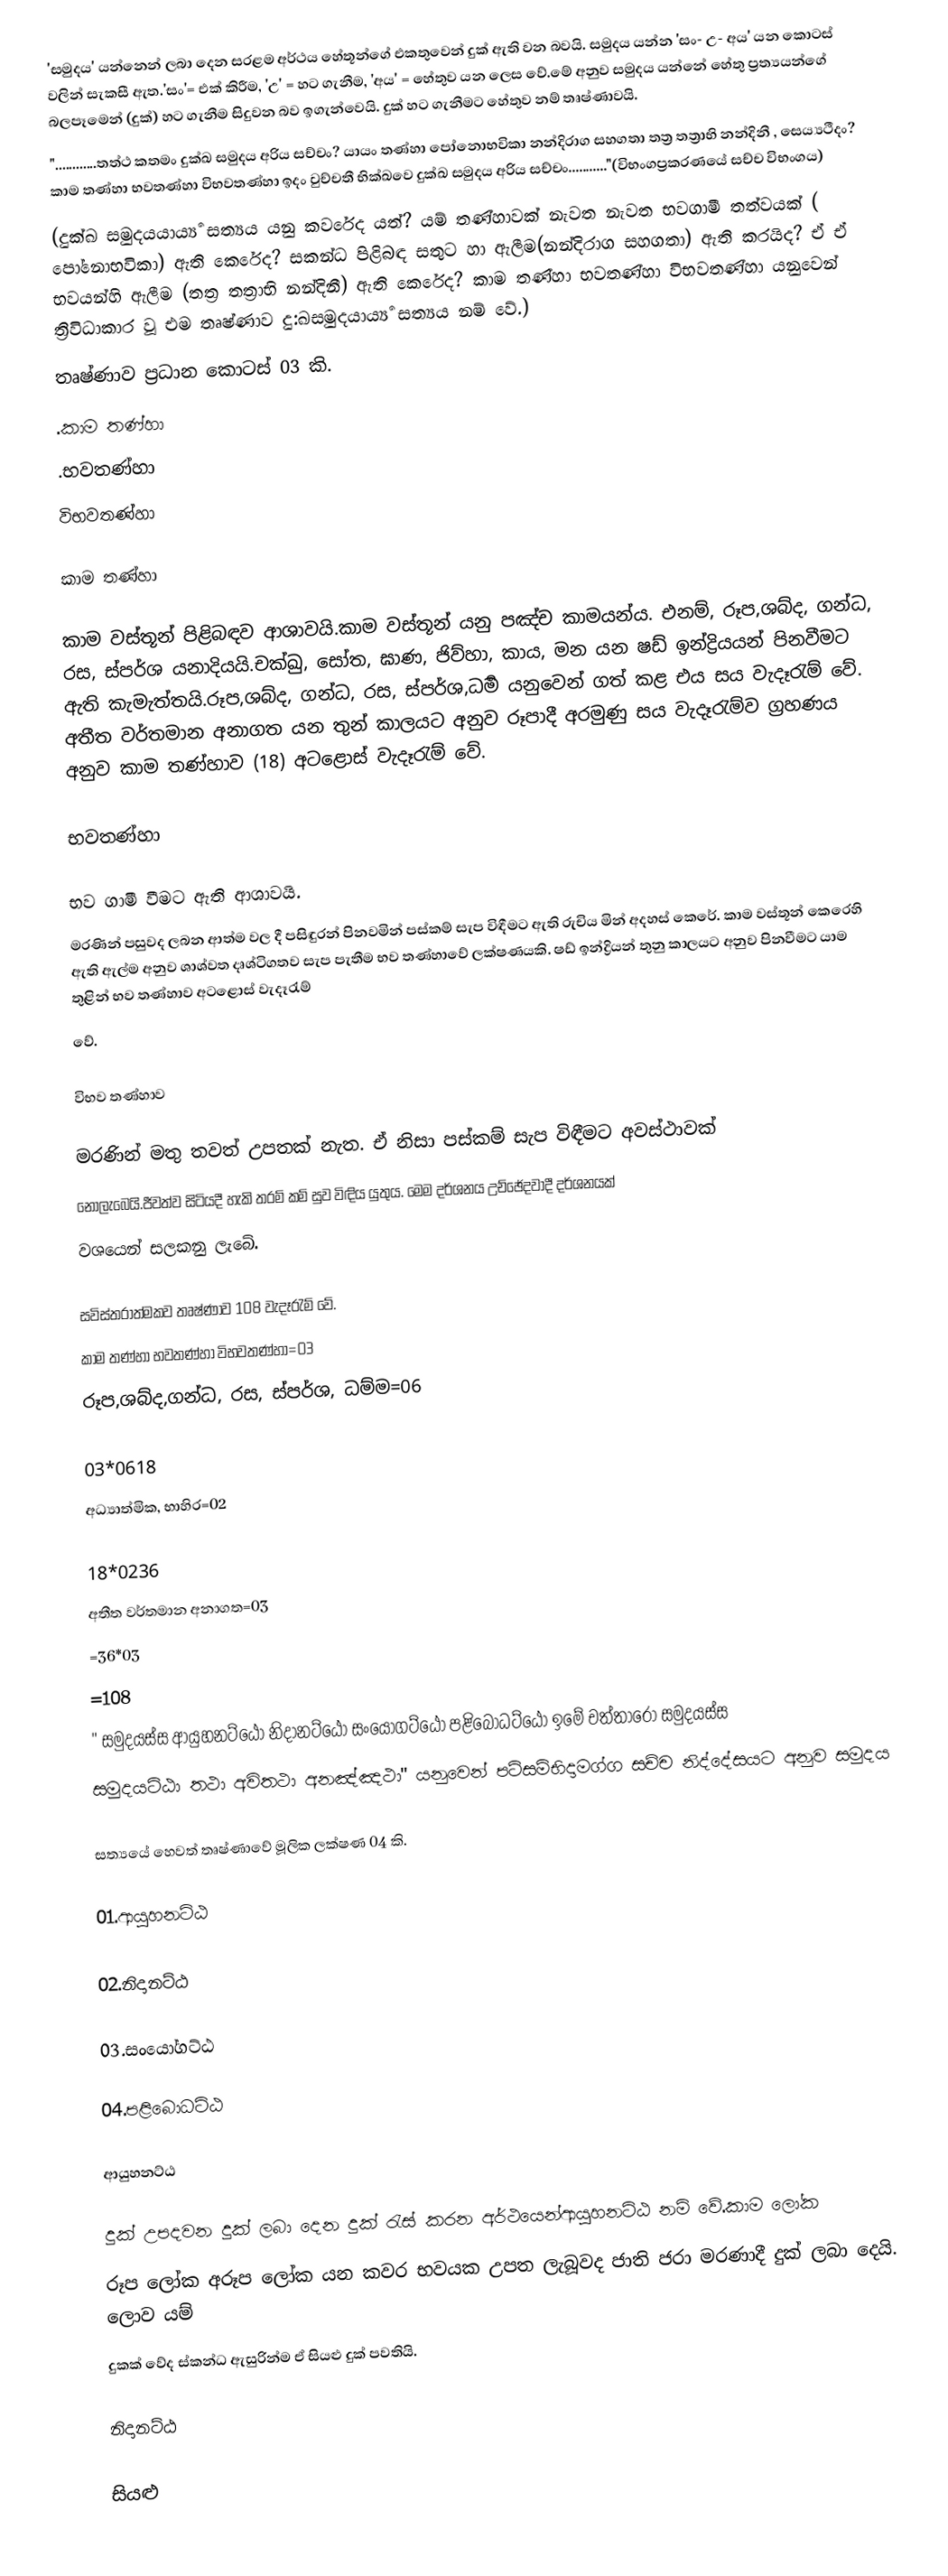
'සමුදය' යන්නෙන් ලබා දෙන සරළම අර්ථය හේතූන්ගේ එකතුවෙන් දුක් ඇති වන බවයි. සමුදය යන්න 'සං- උ- අය' යන කොටස් වලින් සැකසී ඇත.'සං'= එක් කිරීම, 'උ' = හට ගැනීම, 'අය' = හේතුව යන ලෙස වේ.මේ අනුව සමුදය  යන්නේ හේතු ප්‍රත්‍යයන්ගේ බලපෑමෙන් (දුක්) හට ගැනීම සිදුවන බව ඉගැන්වෙයි. දුක් හට ගැනීමට හේතුව නම් තෘෂ්ණාවයි.
"............තත්ථ කතමං දුක්ඛ සමුදය අරිය සච්චං? යායං තණ්හා පෝනොභවිකා නන්දිරාග සහගතා තත්‍ර තත්‍රාභි නන්දිනී , සෙය්‍යථීදං? කාම තණ්හා භවතණ්හා  විභවතණ්හා ඉදං වුච්චතී භික්ඛවෙ දුක්ඛ සමුදය අරිය සච්චං..........."(විභංගප්‍රකරණයේ සච්ච විභංගය)
(දුක්ඛ සමුදයයාර්‍ය්‍ය සත්‍යය යනු කවරේද යත්? යම් තණ්හාවක් නැවත නැවත භවගාමී තත්වයක් (  පෝනොභවිකා) ඇති කෙරේද? සකන්ධ පිළිබඳ සතුට ‍හා ඇලීම(නන්දිරාග සහගතා) ඇති කරයිද? ඒ ඒ භවයන්හි ඇලීම (තත්‍ර තත්‍රාභි නන්දිනී) ඇති කෙරේද? කාම තණ්හා භවතණ්හා  විභවතණ්හා යනුවෙන් ත්‍රිවිධාකාර වූ එම තෘෂ්ණාව දු:ඛසමුදයාර්‍ය්‍ය සත්‍යය නම් වේ.)
තෘෂ්ණාව ප්‍රධාන කොටස් 03 කි.
.කාම තණ්හා
.භවතණ්හා
විභවතණ්හා

කාම තණ්හා

කාම වස්තූන් පිළිබඳව ආශාවයි.කාම වස්තූන් යනු පඤ්ච කාමයන්ය. එනම්, රූප,ශබ්ද, ගන්ධ, රස, ස්පර්ශ යනාදියයි.චක්ඛු, සෝත, ඝාණ, ජිව්හා, කාය, මන යන ෂඩ් ඉන්ද්‍රියයන් පිනවීමට ඇති කැමැත්තයි.රූප,ශබ්ද, ගන්ධ, රස, ස්පර්ශ,ධර්‍ම යනුවෙන් ගත් කළ එය සය වැදෑරැම් වේ. අතීත වර්තමාන අනාගත යන තුන් කාලයට අනුව රූපාදී අරමුණු සය වැදෑරැම්ව ග්‍රහණය අනුව  කාම තණ්හාව (18) අටළොස් වැදෑරැම් වේ.

භවතණ්හා

භව ගාමී වීමට ඇති ආශාවයි.
මරණින් පසුවද ලබන ආත්ම වල දී පසිඳුරන් පිනවමින් පස්කම් සැප විඳීමට ඇති රුචිය මින් අදහස් කෙරේ. කාම වස්තූන් කෙරෙහි ඇති ඇල්ම අනුව ශාශ්වත දෘශ්ටිගතව සැප පැතීම භව තණ්හාවේ ලක්ෂණයකි. ෂඩ් ඉන්ද්‍රියන් තුනු කාලයට අනුව පිනවීමට යාම තුළින් භව තණ්හාව අටළොස් වැදෑරැම්
වේ.

විභව තණ්හාව

මරණින් මතු තවත් උපතක් නැත. ඒ නිසා පස්කම් සැප විඳීමට අවස්ථාවක්
නොලැබෙයි.ජීවත්ව සිටියදී හැකි තරම් කම් සුව විඳිය යුතුය. මෙම දර්ශනය උච්ඡේදවාදී දර්ශනයක්
වශයෙන් සලකනු ලැබේ.

සවිස්තරාත්මකව තෘෂ්ණාව 108 වැදෑරැම් වේ.
කාම තණ්හා භවතණ්හා  විභවතණ්හා=03
රූප,ශබ්ද,ගන්ධ, රස, ස්පර්ශ, ධම්ම=06

03*0618
අධ්‍යාත්මික, භාහිර=02

18*0236
අතීත වර්තමාන අනාගත=03
=36*03
=108
" සමුදයස්ස ආයුහනට්ඨෝ නිදානට්ඨො සංයෝගට්ඨො පළිබොධට්ඨො ඉමේ චත්තාරො සමුදයස්ස
සමුදයට්ඨා තථා අවිතථා අනඤ්ඤථා" යනුවෙන් පටිසම්භිදාමග්ග සච්ච නිද්දේසයට අනුව සමුදය

සත්‍යයේ හෙවත් තෘෂ්ණාවේ මූලික ලක්ෂණ 04 කි.

01.ආයුහනට්ඨ

02.නිදානට්ඨ

03.සංයෝගට්ඨ

04.පළිබොධට්ඨ

ආයුහනට්ඨ

දුක් උපදවන දුක් ලබා දෙන දුක් රැස් කරන අර්ථයෙන්ආයුහනට්ඨ නම් වේ.කාම ලෝක
රූප ලෝක  අරූප ලෝක යන කවර භවයක උපත ලැබූවද ජාති ජරා මරණාදී දුක් ලබා දෙයි. ලොව යම්
දුකක් වේද ස්කන්ධ ඇසුරින්ම ඒ සියළු දුක් පවතියි.

නිදානට්ඨ

සියළු